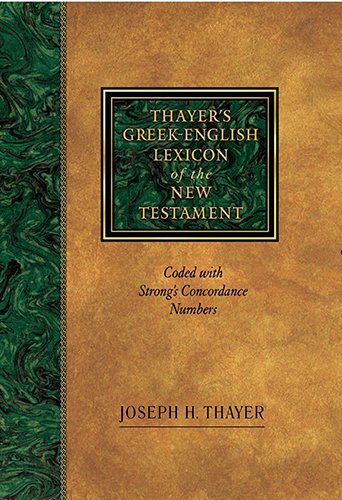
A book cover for Thayer's Greek-English Lexicon of the New Testament: Coded with Strong's Concordance Numbers; Joseph Thayer; Reference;